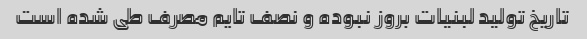
تاریخ تولید لبنیات بروز نبوده و نصف تایم مصرف طی شده است